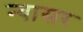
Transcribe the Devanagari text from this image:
न्यासर